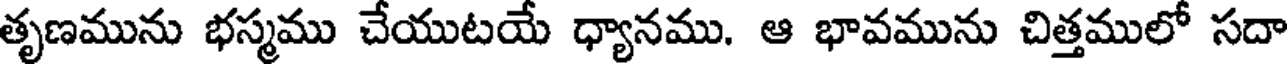
తృణమును భస్మము చేయుటయే ధ్యానము. ఆ భావమును చిత్తములో సదా